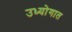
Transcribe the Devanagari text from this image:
उध्योगात